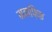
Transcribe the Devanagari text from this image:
मवाफ़िक